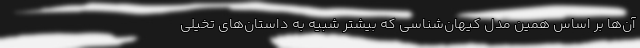
آن‌ها بر اساس همین مدل کیهان‌شناسی که بیشتر شبیه به داستان‌های تخیلی